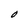
Character: O